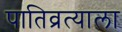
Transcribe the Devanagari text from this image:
पातिव्रत्याला